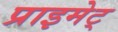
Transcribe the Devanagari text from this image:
प्राइमेट्